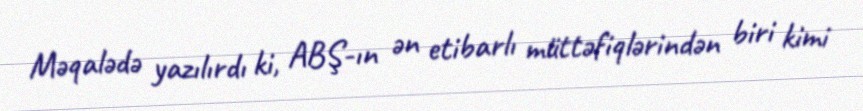
Məqalədə yazılırdı ki, ABŞ-ın ən etibarlı müttəfiqlərindən biri kimi